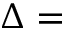
\Delta =